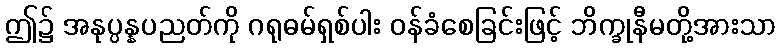
ဤ၌ အနုပ္ပန္နပညတ်ကို ဂရုဓမ်ရှစ်ပါး ဝန်ခံစေခြင်းဖြင့် ဘိက္ခုနီမတို့အားသာ